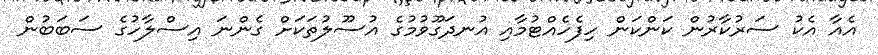
އެއާ އެކު ސަރުކާރުން ކަންކަން ހިފެހެއްޓުމާއި އުނދަގޫވުމުގެ އުސޫލުތަކަށް ގެންނަ އިސްލާހުގެ ސަބަބުން